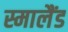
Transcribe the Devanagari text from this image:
स्मालैंड